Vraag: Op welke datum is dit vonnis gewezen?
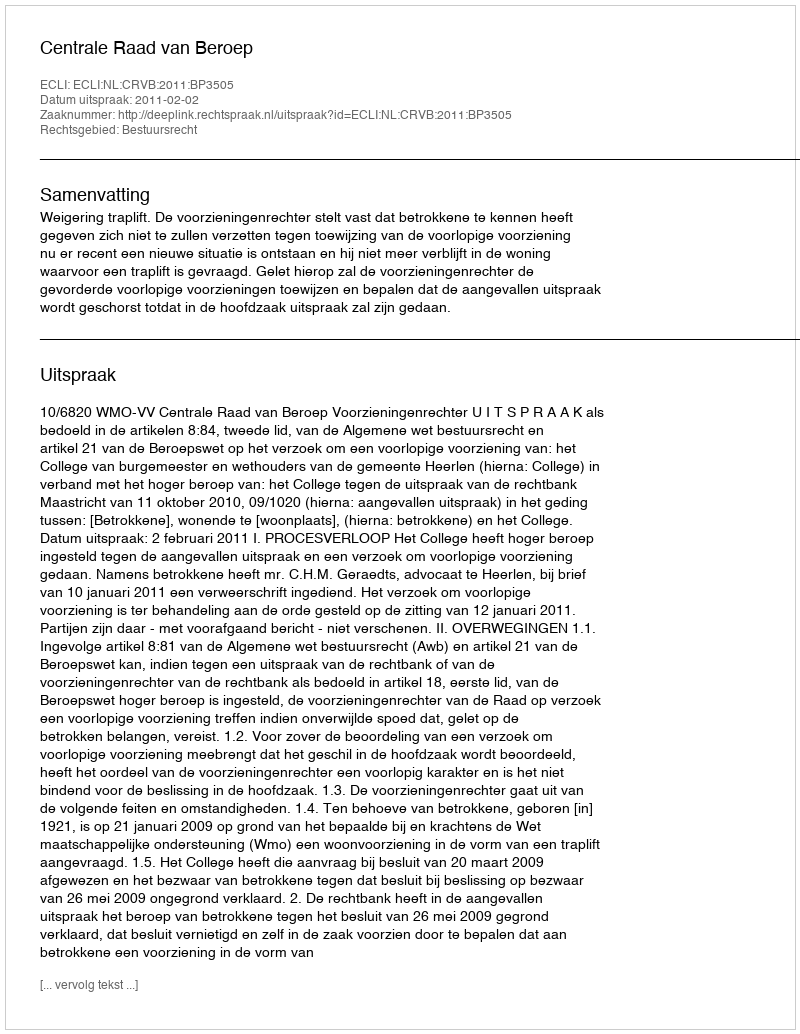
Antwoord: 2011-02-02